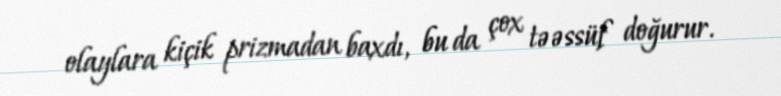
olaylara kiçik prizmadan baxdı, bu da çox təəssüf doğurur.